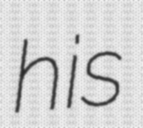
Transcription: his